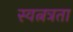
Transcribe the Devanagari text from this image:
स्वत्नत्रता